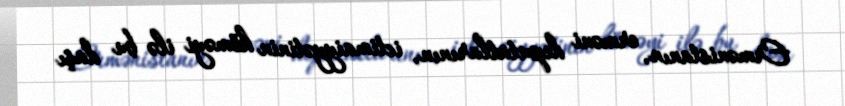
Ermənistanın, erməni deputatlarının, ictimaiyyətinin köməyi ilə bu daşı